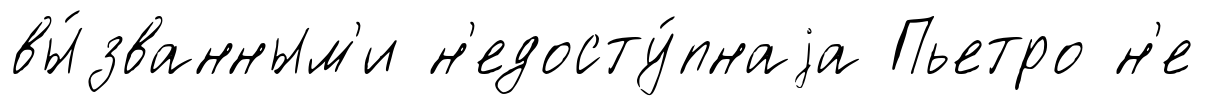
вы́званным'и н'едосту́пнаjа Пьетро н'е